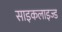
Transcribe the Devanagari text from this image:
साइकलाइज्ड